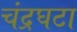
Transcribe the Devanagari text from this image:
चंद्रघटा